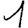
Digit: 1